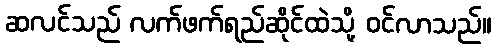
ဆလင်သည် လက်ဖက်ရည်ဆိုင်ထဲသို့ ဝင်လာသည်။